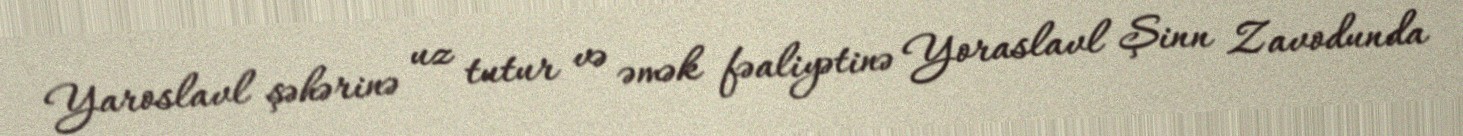
Yaroslavl şəhərinə uz tutur və əmək fəaliyətinə Yoraslavl Şinn Zavodunda